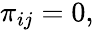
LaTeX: \begin{array}{r}{\pi_{ij}=0,}\end{array}